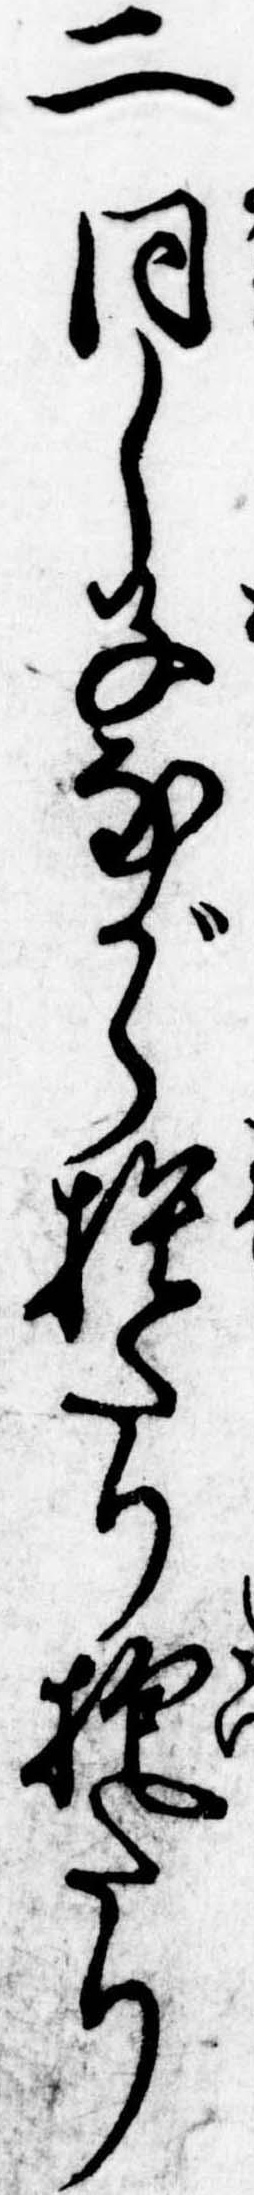
二同し子ながら捨たり抱たり